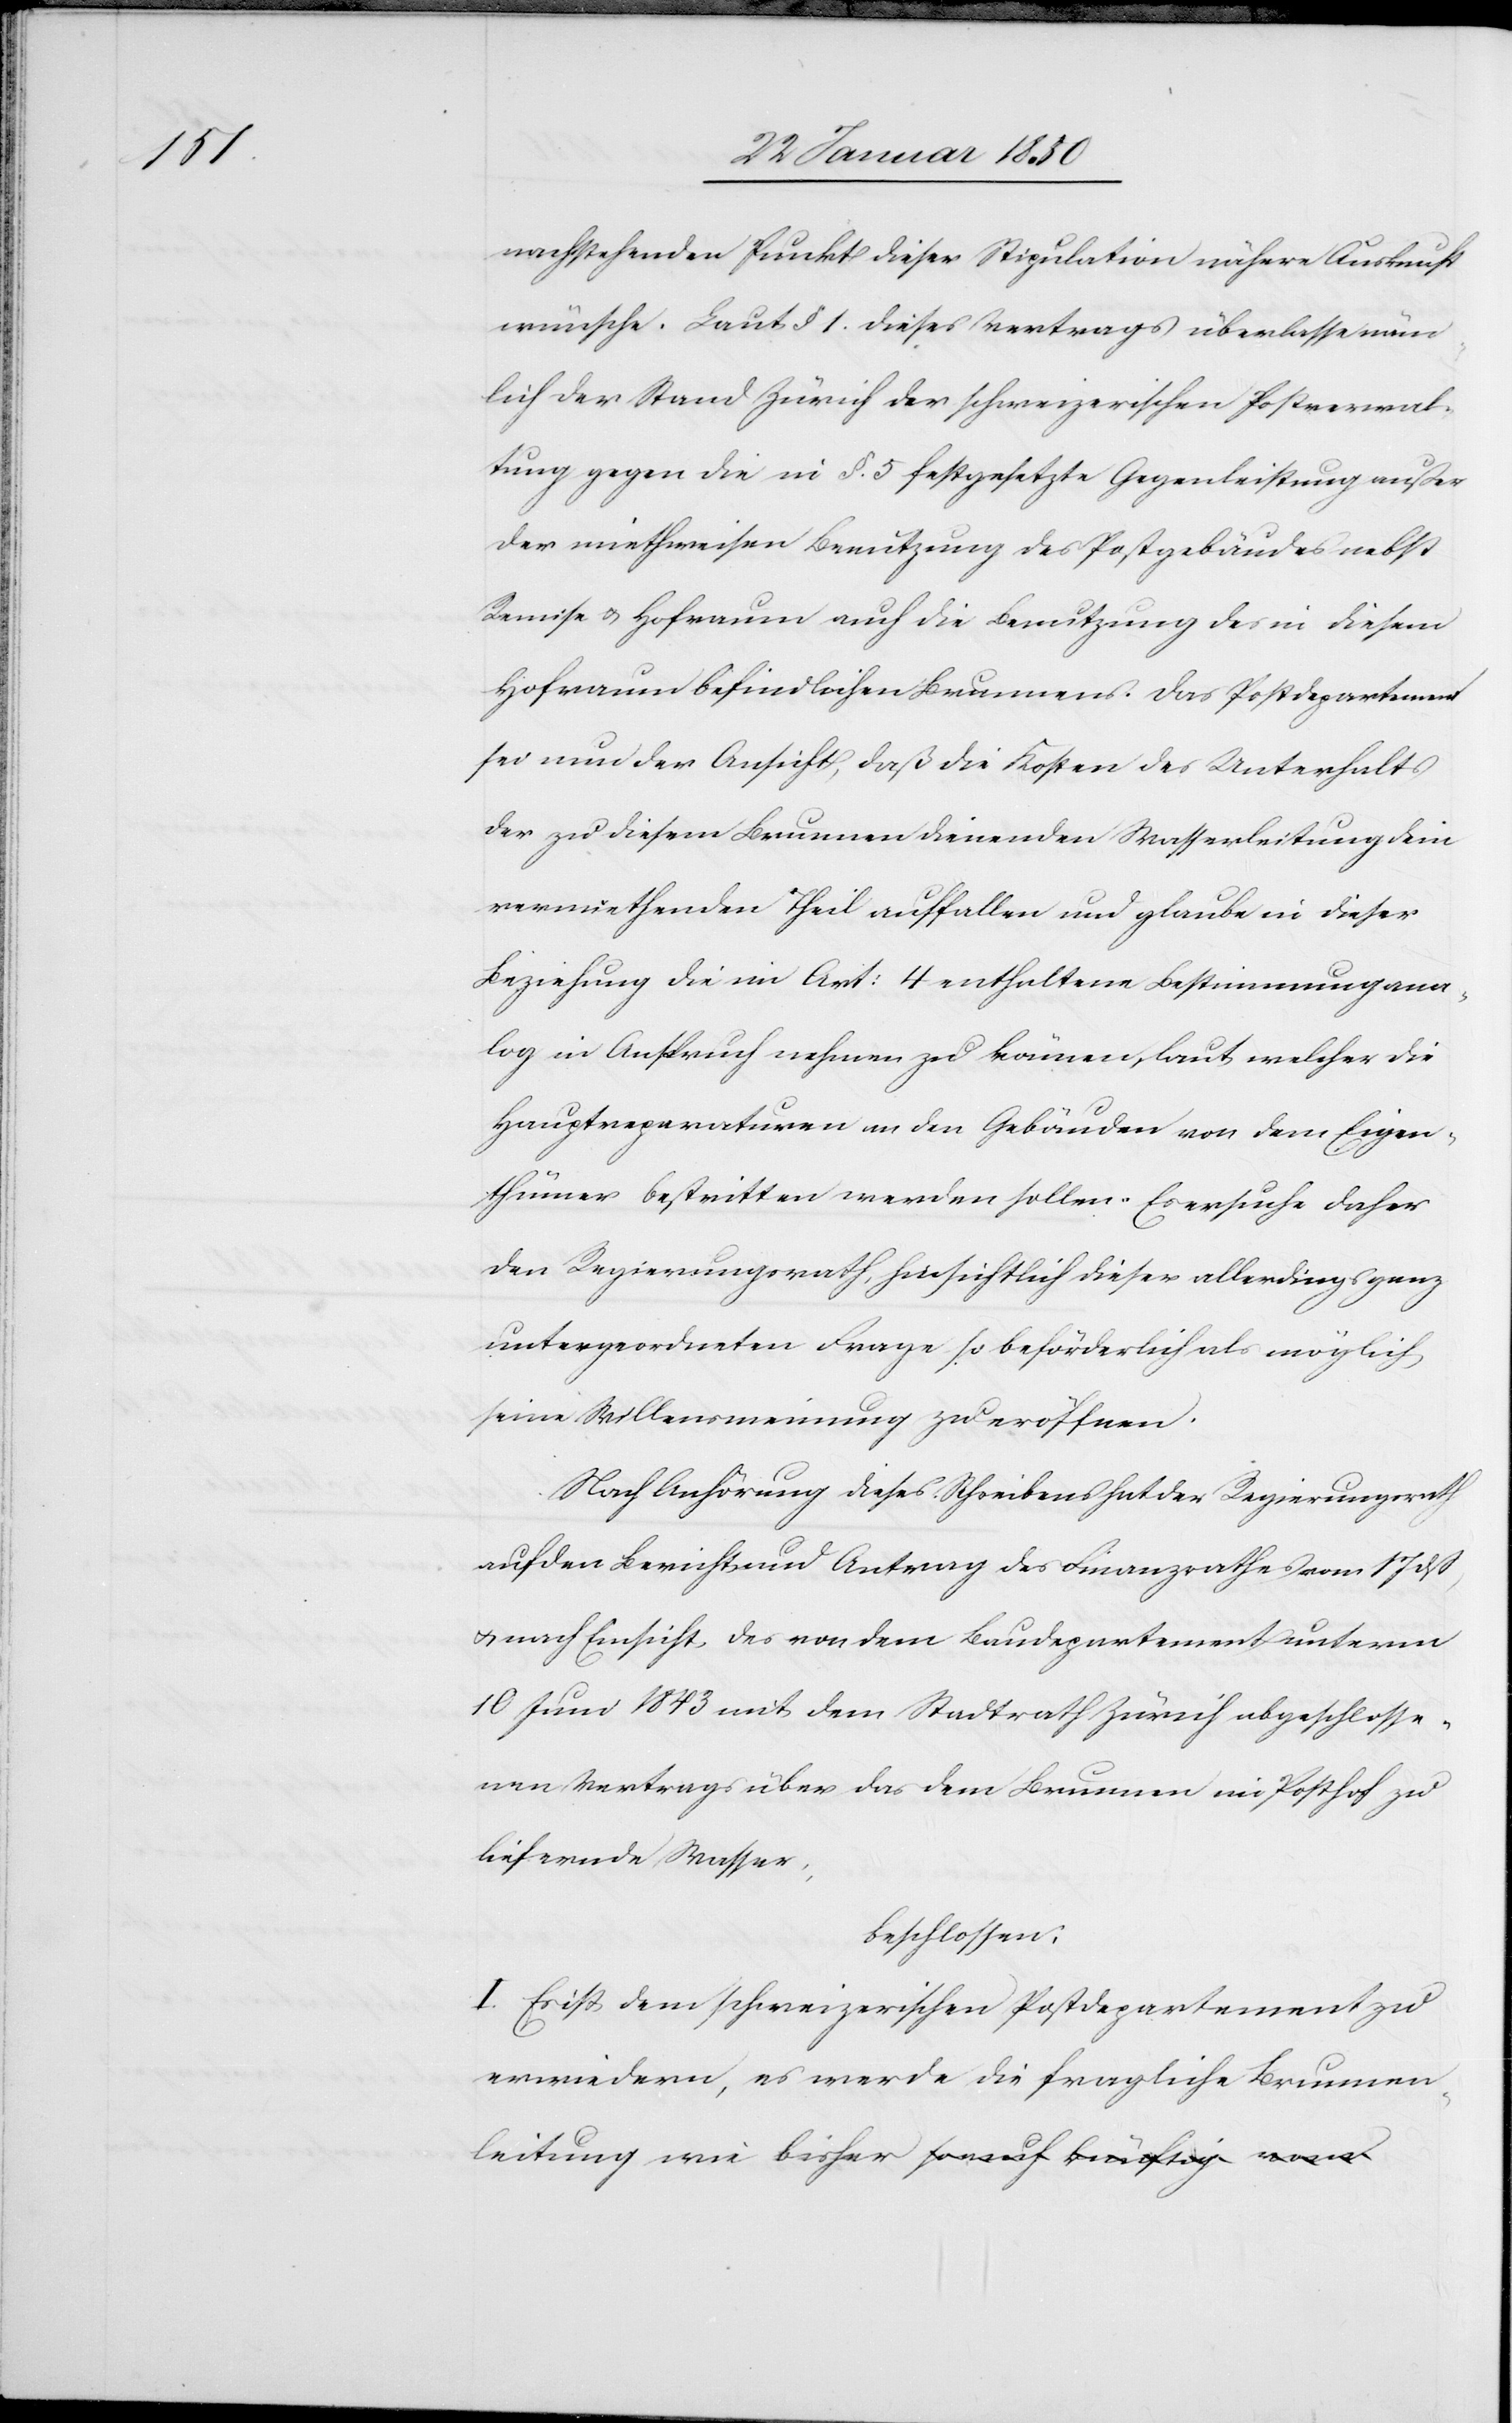
leitung

nachstehenden Punkt dieser Stipulation nähere Auskunft
wünsche. Laut § 1. dieses Vertrags überlasse näm¬
lich der Stand Zürich der schweizerischen Postverwal¬
tung gegen die in §. 5 festgesetzte Gegenleistung außer
der miethweisen Benutzung des Postgebäudes nebst
Remise u. Hofraum auch die Benutzung des in diesem
Hofraum befindlichen Brunnens. Das Postdepartement
sei nun der Ansicht, daß die Kosten des Unterhalts
der zu diesem Brunnen dienenden Wasserleitung dem
vermiethenden Theil auffallen und glaube in dieser
Beziehung die in Art: 4 enthaltene Bestimmung ana¬
log in Anspruch nehmen zu können, laut welcher die
Hauptreparaturen an den Gebäuden von dem Eigen¬
thümer bestritten werden sollen. Es ersuche daher
den Regierungsrath, hinsichtlich dieser allerdings ganz
untergeordneten Frage so beförderlich als möglich
seine Willensmeinung zu eröffnen.
Nach Anhörung dieses Schreibens hat der Regierungsrath
auf den Bericht und Antrag des Finanzrathes vom 17 dß,
u. nach Einsicht des von dem Baudepartement unterm
10 Juni 1843 mit dem Stadtrath Zürich abgeschlosse¬
nen Vertrags über das dem Brunnen im Posthof zu
liefernde Wasser,
beschlossen:
I. Es ist dem schweizerischen Postdepartement zu
erwiedern, es werde die fragliche Brunnen¬